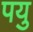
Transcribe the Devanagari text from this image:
पयु